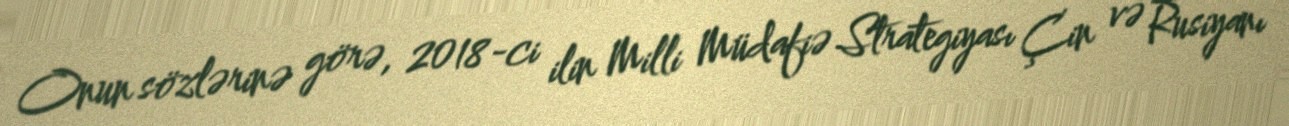
Onun sözlərinə görə, 2018-ci ilin Milli Müdafiə Strategiyası Çin və Rusiyanı